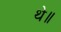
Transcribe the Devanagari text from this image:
थे॥